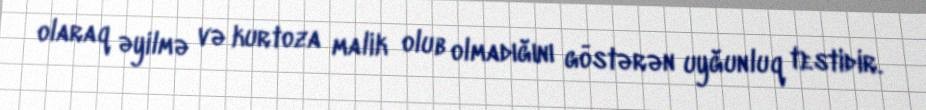
olaraq əyilmə və kurtoza malik olub olmadığını göstərən uyğunluq testidir.